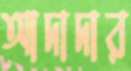
আদাদার